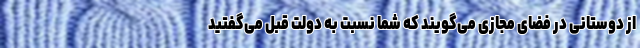
از دوستانی در فضای مجازی می‌گویند که شما نسبت به دولت قبل می‌گفتید